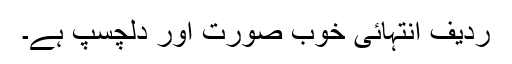
ردیف انتہائی خوب صورت اور دلچسپ ہے۔